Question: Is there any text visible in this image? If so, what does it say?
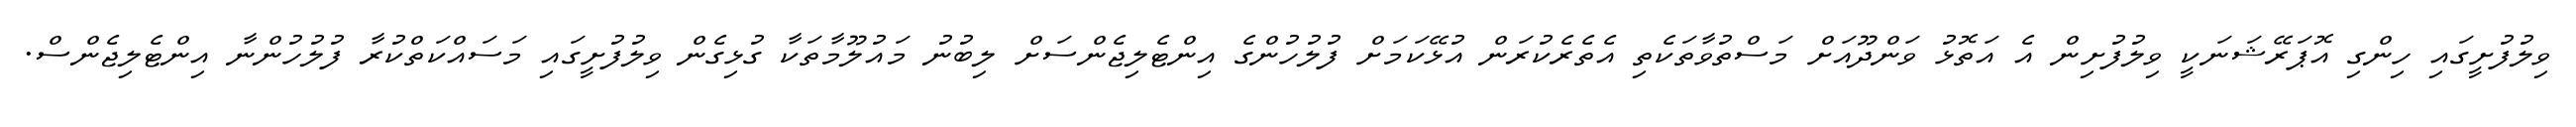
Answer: ވިލުފުށީގައި ހިންގި އޮޕަރޭޝަނަކީ ވިލުފުށިން އެ އަތޮޅު ވަންދޫއަށް މަސްތުވާތަކެތި އެތެރެކުރަން އުޅޭކަމަށް ފުލުހުންގެ އިންޓެލިޖެންސަށް ލިބުނު މައުލޫމާތަކާ ގުޅިގެން ވިލުފުށީގައި މަސައްކަތްކުރާ ފުލުހުންނާ އިންޓެލިޖެންސް.